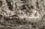
فحم